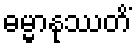
ဓမ္မာနုဿတိံ